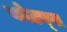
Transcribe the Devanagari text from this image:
कोटप्‍पा